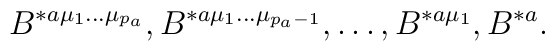
B^{*a \mu_1 \ldots \mu_{p_a}},B^{*a\mu_1 \ldots \mu_{p_a-1}},\ldots,B^{*a\mu_1},B^{*a}.